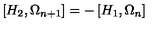
\left[ H _ { 2 } , \Omega _ { n + 1 } \right] = - \left[ H _ { 1 } , \Omega _ { n } \right]